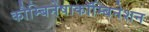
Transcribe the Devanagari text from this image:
कौम्बिनेषाकॉम्बिनेशन